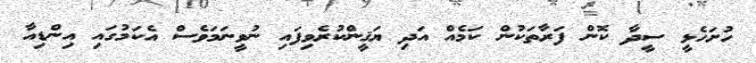
ހުށަހެޅީ ސީދާ ކޮން ފަރާތަކުން ކަމެއް އަދި ޔަޤީންކުރެވިފައި ނުވީނަމަވެސް އެކަމުގައި އިންޑިއާ